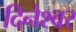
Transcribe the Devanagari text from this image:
दिनेश्वर